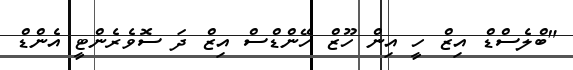
"ބްލެސްޑް އިޒް ހީ އިން ހޫޒް ހޭންޑްސް އިޒް ދަ ސޮވެރެންޓީ އެންޑް